Triennial report on the lunatic asylums in the province of Eastern Bengal and Assam - 1903-1911
Year: 1903
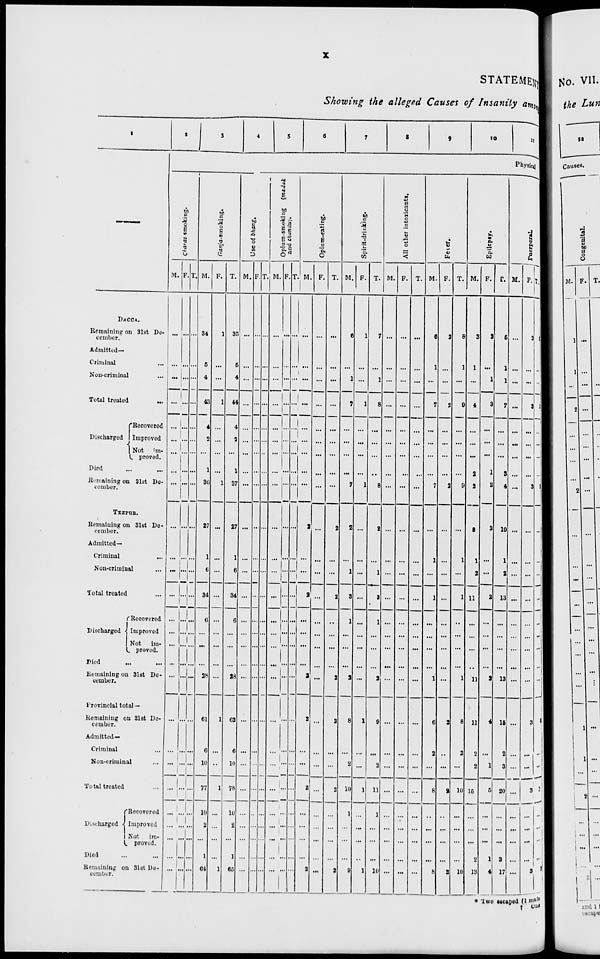
x
STATEMENT
Showing the alleged Causes of Insanity among
1
—
DACCA.
Remaining on 31st De-
cember.
Admitted—
Criminal
...
Non-criminal ...
Total treated ...
Discharged
Recovered
Improved
Not
im-
proved.
Died
...
...
Remaining on 31st De-
cember.
TEZPUR.
Remaining on 31st De-
cember.
Admitted—
Criminal ...
Non-criminal ...
Total treated ...
Discharged
Recovered
Improved
Not
im-
proved.
Died ... ...
Remaining on 31st De-
cember.
Provincial total—
Remaining on 31st De-
cember.
Admitted—
Criminal ...
Non-criminal ...
Total treated ...
Discharged
Recovered
Improved
Not
im-
proved.
Died
Remaining on 31st De-
cember.
2
3
4
5
6
7
8
9
10
11
Physical
Charas-smoking.
M.
...
...
...
...
...
...
...
...
...
...
...
...
...
...
...
...
...
...
...
...
...
...
...
...
...
...
...
F.
...
...
...
...
...
...
...
...
...
...
...
...
...
...
...
...
...
...
...
...
...
...
...
...
...
...
...
T.
...
...
...
...
...
...
...
...
...
...
...
...
...
...
...
...
...
...
...
...
...
...
...
...
...
...
...
Ganja-smoking.
M.
34
5
4
43
4
2
...
1
36
27
1
6
34
6
...
...
...
28
61
6
10
77
10
2
...
1
64
F.
1
...
...
1
...
...
...
...
1
...
...
...
...
...
...
...
...
...
1
...
...
1
...
...
...
...
1
T.
35
5
4
44
4
2
...
1
37
27
1
6
34
6
...
...
...
28
62
6
10
78
10
2
...
1
65
Use of bhang.
M.
...
...
...
...
...
...
...
...
...
...
...
...
...
...
...
...
...
...
...
...
...
...
...
...
...
...
...
F.
...
...
...
...
...
...
...
...
...
...
...
...
...
...
...
...
...
...
...
...
...
...
...
...
...
...
...
T.
...
...
...
...
...
...
...
...
...
...
...
...
...
...
...
...
...
...
...
...
...
...
...
...
...
...
...
Opium-smoking (madak
and chandu).
M.
...
...
...
...
...
...
...
...
...
...
...
...
...
...
...
...
...
...
...
...
...
...
...
...
...
...
...
F.
...
...
...
...
...
...
...
...
...
...
...
...
...
...
...
...
...
...
...
...
...
...
...
...
...
...
...
T.
...
...
...
...
...
...
...
...
...
...
...
...
...
...
...
...
...
...
...
...
...
...
...
...
...
...
...
Opium-eating.
M.
...
...
...
...
...
...
...
...
...
2
...
...
2
...
...
...
...
2
2
...
...
2
...
...
...
. ...
2
F.
...
...
...
...
...
...
...
...
...
...
...
...
...
...
...
...
...
...
...
...
...
...
...
...
...
...
...
T.
...
...
...
...
...
...
...
...
...
2
...
...
2
...
...
...
...
2
2
...
...
2
...
...
...
...
2
Spirit-drinking.
M.
6
...
1
7
...
...
...
...
7
2
...
1
3
1
...
...
...
2
8
...
2
10
1
...
...
...
9
F.
1
...
...
1
...
...
...
...
1
...
...
...
...
...
...
...
...
...
1
...
...
1
...
...
...
..
1
T.
7
...
1
8
...
...
...
...
8
2
...
1
3
1
...
...
...
2
9
...
2
11
1
...
...
...
10
All other intoxicants.
M.
...
...
...
...
...
...
...
...
...
...
...
...
...
...
...
...
...
...
...
...
...
...
...
...
...
...
...
F.
...
...
...
...
...
...
...
...
...
...
...
...
...
...
...
...
...
...
...
...
...
...
...
...
...
...
...
T.
...
...
...
...
...
...
...
...
...
...
...
...
...
...
...
...
...
...
...
...
...
...
...
...
...
...
...
Fever.
M.
6
1
...
7
...
...
...
...
7
...
1
...
1
...
...
...
...
1
6
2
...
8
...
...
...
...
8
F.
2
...
...
2
...
...
...
...
2
...
...
...
...
...
...
...
...
...
2
..
...
2
...
...
...
...
2
T.
8
1
...
9
...
...
...
...
9
...
1
...
1
...
...
...
...
1
8
2
...
10
...
...
...
...
10
Epilepsy.
M.
3
1
...
4
...
...
...
2
2
8
1
2
11
...
...
...
...
11
11
2
2
15
...
...
...
2
13
F.
2
...
1
3
...
...
...
1
2
2
...
...
2
...
...
...
...
2
4
...
1
5
...
...
...
1
4
T.
5
1
1
7
...
...
...
3
4
10
1
2
13
...
...
...
...
13
15
2
3
20
...
...
...
3
17
Puerperal.
M.
...
...
...
...
...
...
...
...
...
...
...
...
...
...
...
...
...
...
...
...
...
...
...
...
...
...
...
F.
3
...
...
3
...
...
...
...
3
...
...
...
...
...
...
...
...
...
3
...
...
3
...
...
...
...
3
T.
3
...
...
3
...
...
...
...
3
...
...
...
...
...
...
...
...
...
3
...
...
3
...
...
...
...
3
* Two escaped (1 male
† One